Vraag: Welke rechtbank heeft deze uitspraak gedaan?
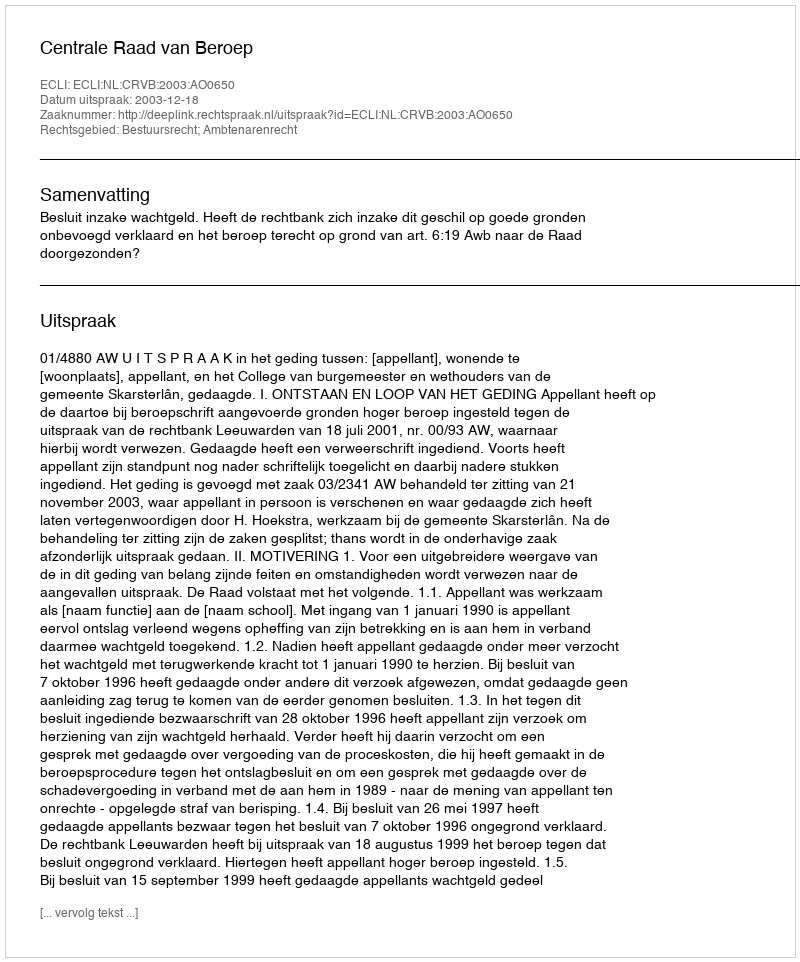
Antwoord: Centrale Raad van Beroep